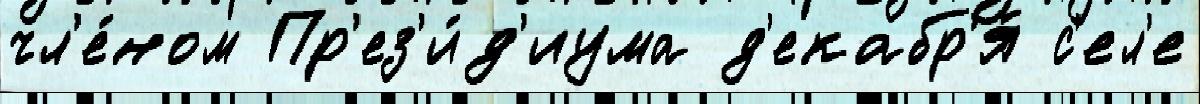
чл'е́ном Пр'ез'и́д'иума д'екабр'я́ с'ел'е